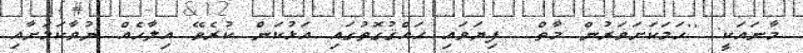
މާނައަކީ: ''ހަމަކަށަވަރުން މާތް  ފިޔަވައި ޙައްޤުގޮތުގައި އަޅުކަން ކުރެވޭ އިލާހެއް ނުވާކަމަށާއި